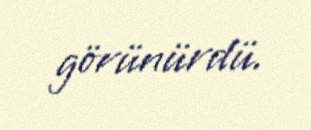
görünürdü.